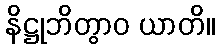
နိဋ္ဌုဘိတွာဝ ယာတိ။